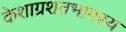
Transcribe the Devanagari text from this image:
केशाग्रशतभागस्य